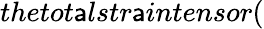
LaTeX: thetot\mathsf{a}lstr\mathsf{a}intensor(